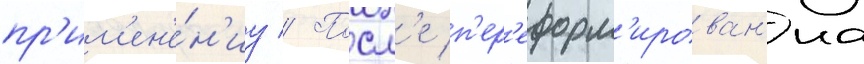
пр'им'ен'е́н'иу // Посл'е п'ер'еформ'ирован'иа